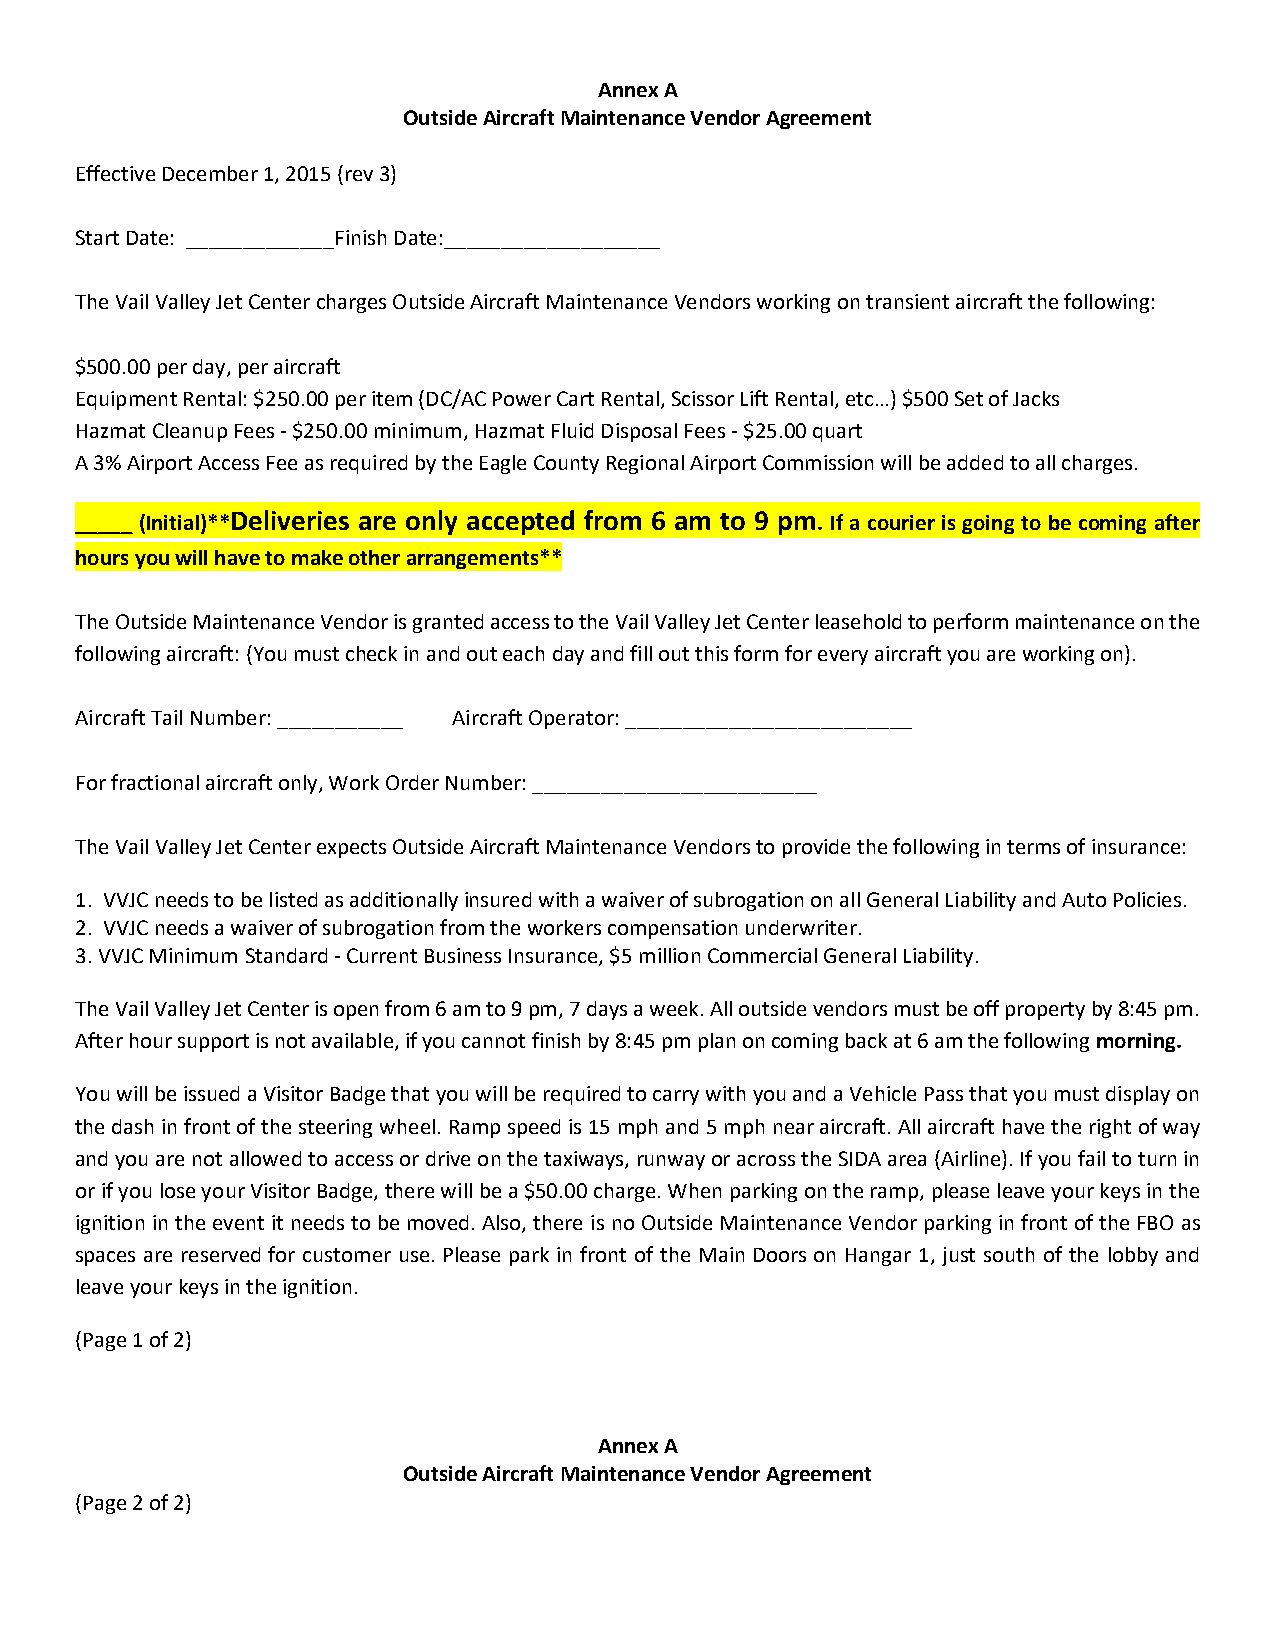
Annex A
 Outside Aircraft Maintenance Vendor Agreement
 Effective December 1, 2015 (rev 3)
 Start Date: _____________Finish Date:___________________
 The Vail Valley Jet Center charges Outside Aircraft Maintenance Vendors working on transient aircraft the following:
 $500.00 per day, per aircraft
 Equipment Rental: $250.00 per item (DC/AC Power Cart Rental, Scissor Lift Rental, etc…) $500 Set of Jacks
 Hazmat Cleanup Fees - $250.00 minimum, Hazmat Fluid Disposal Fees - $25.00 quart
 A 3% Airport Access Fee as required by the Eagle County Regional Airport Commission will be added to all charges.
 _____ (Initial)**Deliveries are only accepted from 6 am to 9 pm. If a courier is going to be coming after
 hours you will have to make other arrangements**
 The Outside Maintenance Vendor is granted access to the Vail Valley Jet Center leasehold to perform maintenance on the
 following aircraft: (You must check in and out each day and fill out this form for every aircraft you are working on).
 Aircraft Tail Number:___________ Aircraft Operator:_________________________
 For fractional aircraft only, Work Order Number:_________________________
 The Vail Valley Jet Center expects Outside Aircraft Maintenance Vendors to provide the following in terms of insurance:
 1. VVJC needs to be listed as additionally insured with a waiver of subrogation on all General Liability and Auto Policies.
 2. VVJC needs a waiver of subrogation from the workers compensation underwriter.
 3.VVJC Minimum Standard - Current Business Insurance, $5 million Commercial General Liability.
 The Vail Valley Jet Center is open from 6 am to 9 pm, 7 days a week. All outside vendors must be off property by 8:45 pm.
 After hour support is not available, if you cannot finish by 8:45 pm plan on coming back at 6 am the following morning.
 You will be issued a Visitor Badge that you will be required to carry with you and a Vehicle Pass that you must display on
 the dash in front of the steering wheel. Ramp speed is 15 mph and 5 mph near aircraft. All aircraft have the right of way
 and you are not allowed to access or drive on the taxiways, runway or across the SIDA area (Airline). If you fail to turn in
 or if you lose your Visitor Badge, there will be a $50.00 charge. When parking on the ramp, please leave your keys in the
 ignition in the event it needs to be moved. Also, there is no Outside Maintenance Vendor parking in front of the FBO as
 spaces are reserved for customer use. Please park in front of the Main Doors on Hangar 1, just south of the lobby and
 leave your keys in the ignition.
 (Page 1 of 2)
 Annex A
 Outside Aircraft Maintenance Vendor Agreement
 (Page 2 of 2)